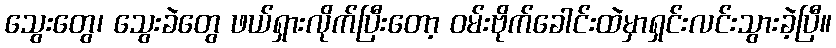
သွေးတွေ၊ သွေးခဲတွေ ဖယ်ရှားလိုက်ပြီးတော့ ဝမ်းဗိုက်ခေါင်းထဲမှာရှင်းလင်းသွားခဲ့ပြီ။